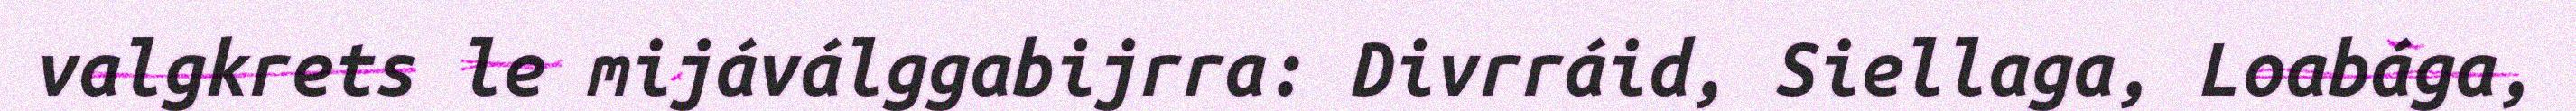
valgkrets le mijáválggabijrra: Divrráid, Siellaga, Loabága,